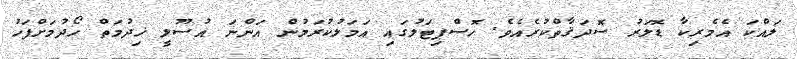
ލައްކަ އެމެރިކާ ޑޮލަރު ސޮދަޤާތްކުރެއެވެ. ހޮސްޕިޓަލުގައި އަމަލުކުރަމުން އަންނަ އުސޫލީ ޚިދުމަތް ހޯދުމަށްފަހު